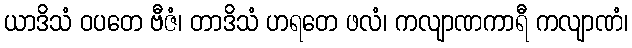
ယာဒိသံ ဝပတေ ဗီဇံ၊ တာဒိသံ ဟရတေ ဖလံ၊ ကလျာဏကာရီ ကလျာဏံ၊